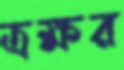
ত্রক্ষর